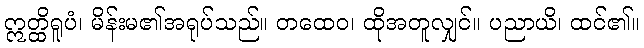
ဣတ္ထိရူပံ၊ မိန်းမ၏အရုပ်သည်။ တထေဝ၊ ထိုအတူလျှင်။ ပညာယိ၊ ထင်၏။